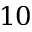
1 0